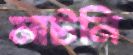
মাটনি